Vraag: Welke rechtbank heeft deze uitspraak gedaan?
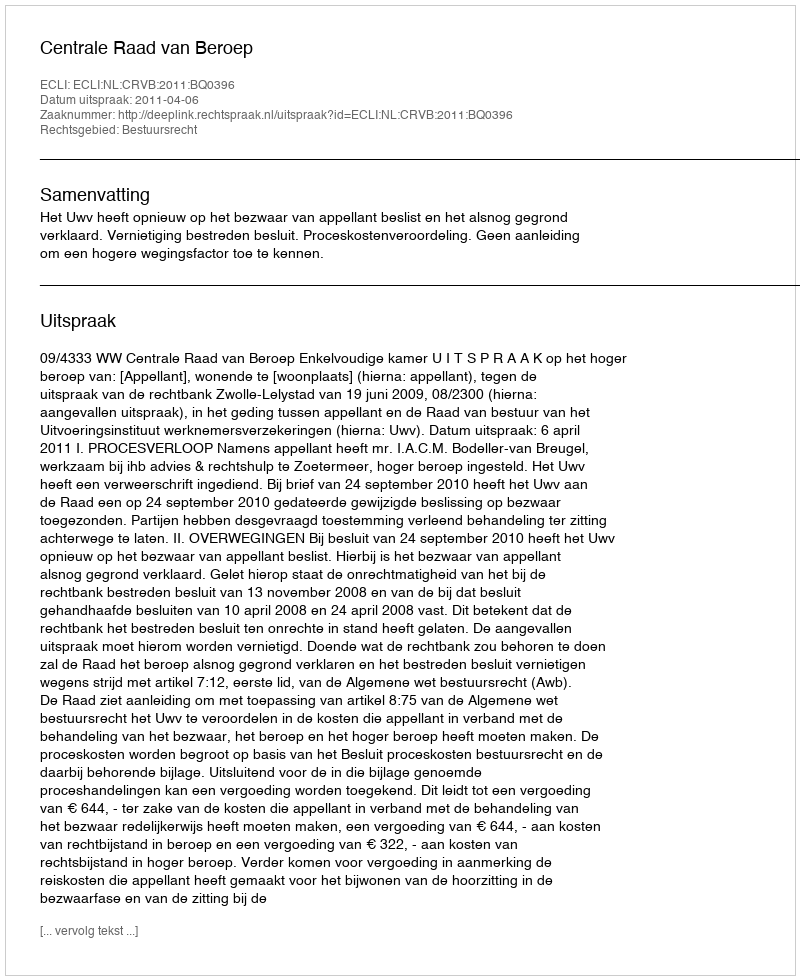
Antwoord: Centrale Raad van Beroep